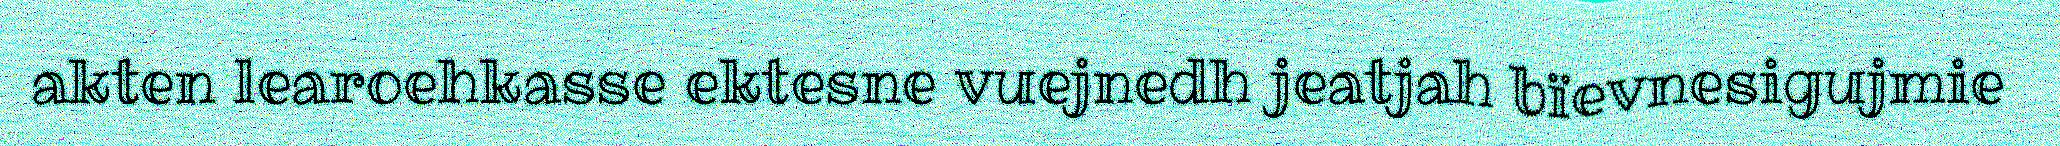
akten learoehkasse ektesne vuejnedh jeatjah bïevnesigujmie